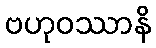
ဗဟုဝဿာနိ